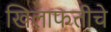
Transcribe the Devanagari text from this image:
खिलाफतीचे